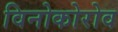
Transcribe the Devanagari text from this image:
विनोकोरोव